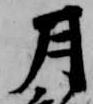
月